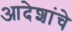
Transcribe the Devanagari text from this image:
आदेशांचे